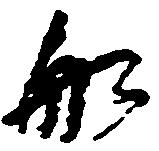
船